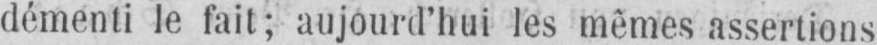
démenti le fait; aujourd’hui les mêmes assertions